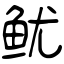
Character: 鱿